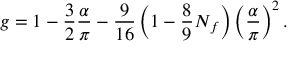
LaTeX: g = 1 - { \frac { 3 } { 2 } } { \frac { \alpha } { \pi } } - { \frac { 9 } { 1 6 } } \left( 1 - { \frac { 8 } { 9 } } N _ { f } \right) \left( { \frac { \alpha } { \pi } } \right) ^ { 2 } .